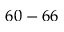
6 0 - 6 6